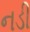
નડી